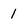
Character: 1